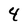
Character: 4